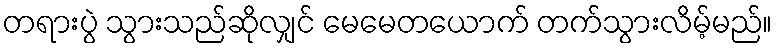
တရားပွဲ သွားသည်ဆိုလျှင် မေမေတယောက် တက်သွားလိမ့်မည်။